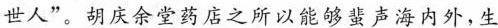
世人”。胡庆余堂药店之所以能够蜚声海内外，生